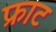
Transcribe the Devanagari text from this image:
फ्राट